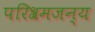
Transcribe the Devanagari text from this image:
परिश्रमजन्य